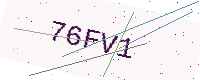
Text: 76FV1